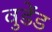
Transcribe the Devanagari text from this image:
वुडेंड